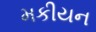
મકીયન